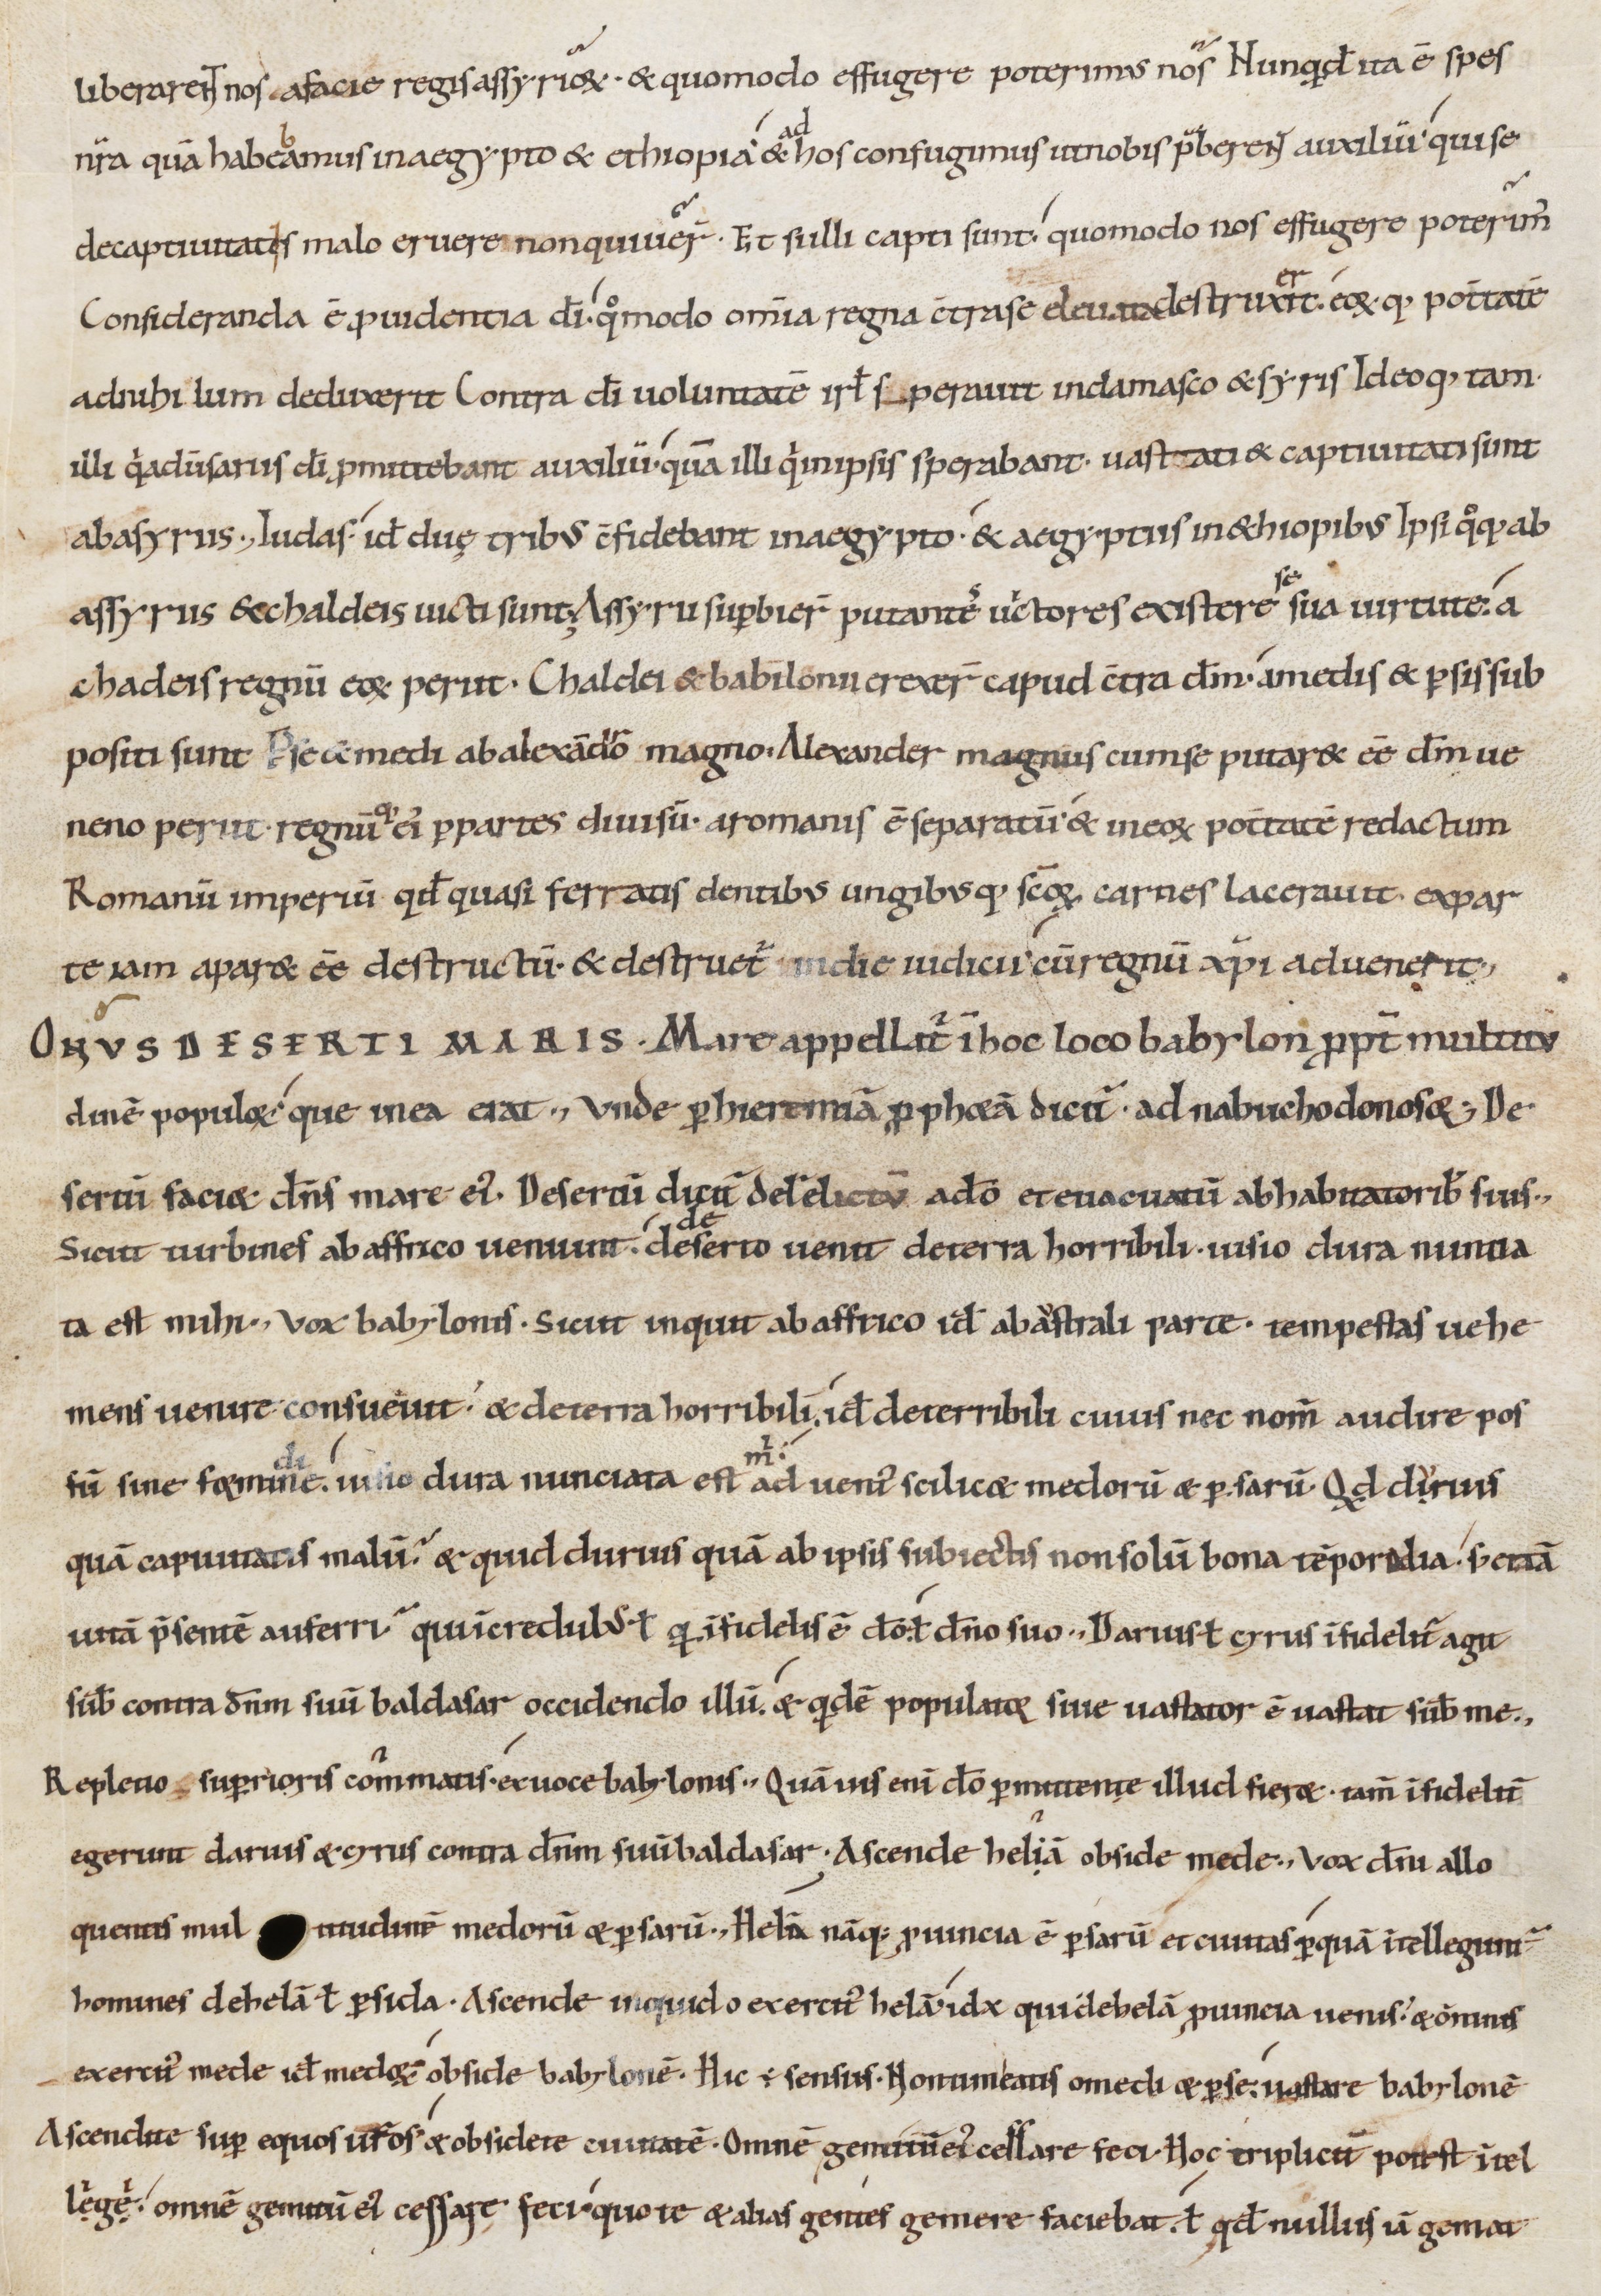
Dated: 1000–1099